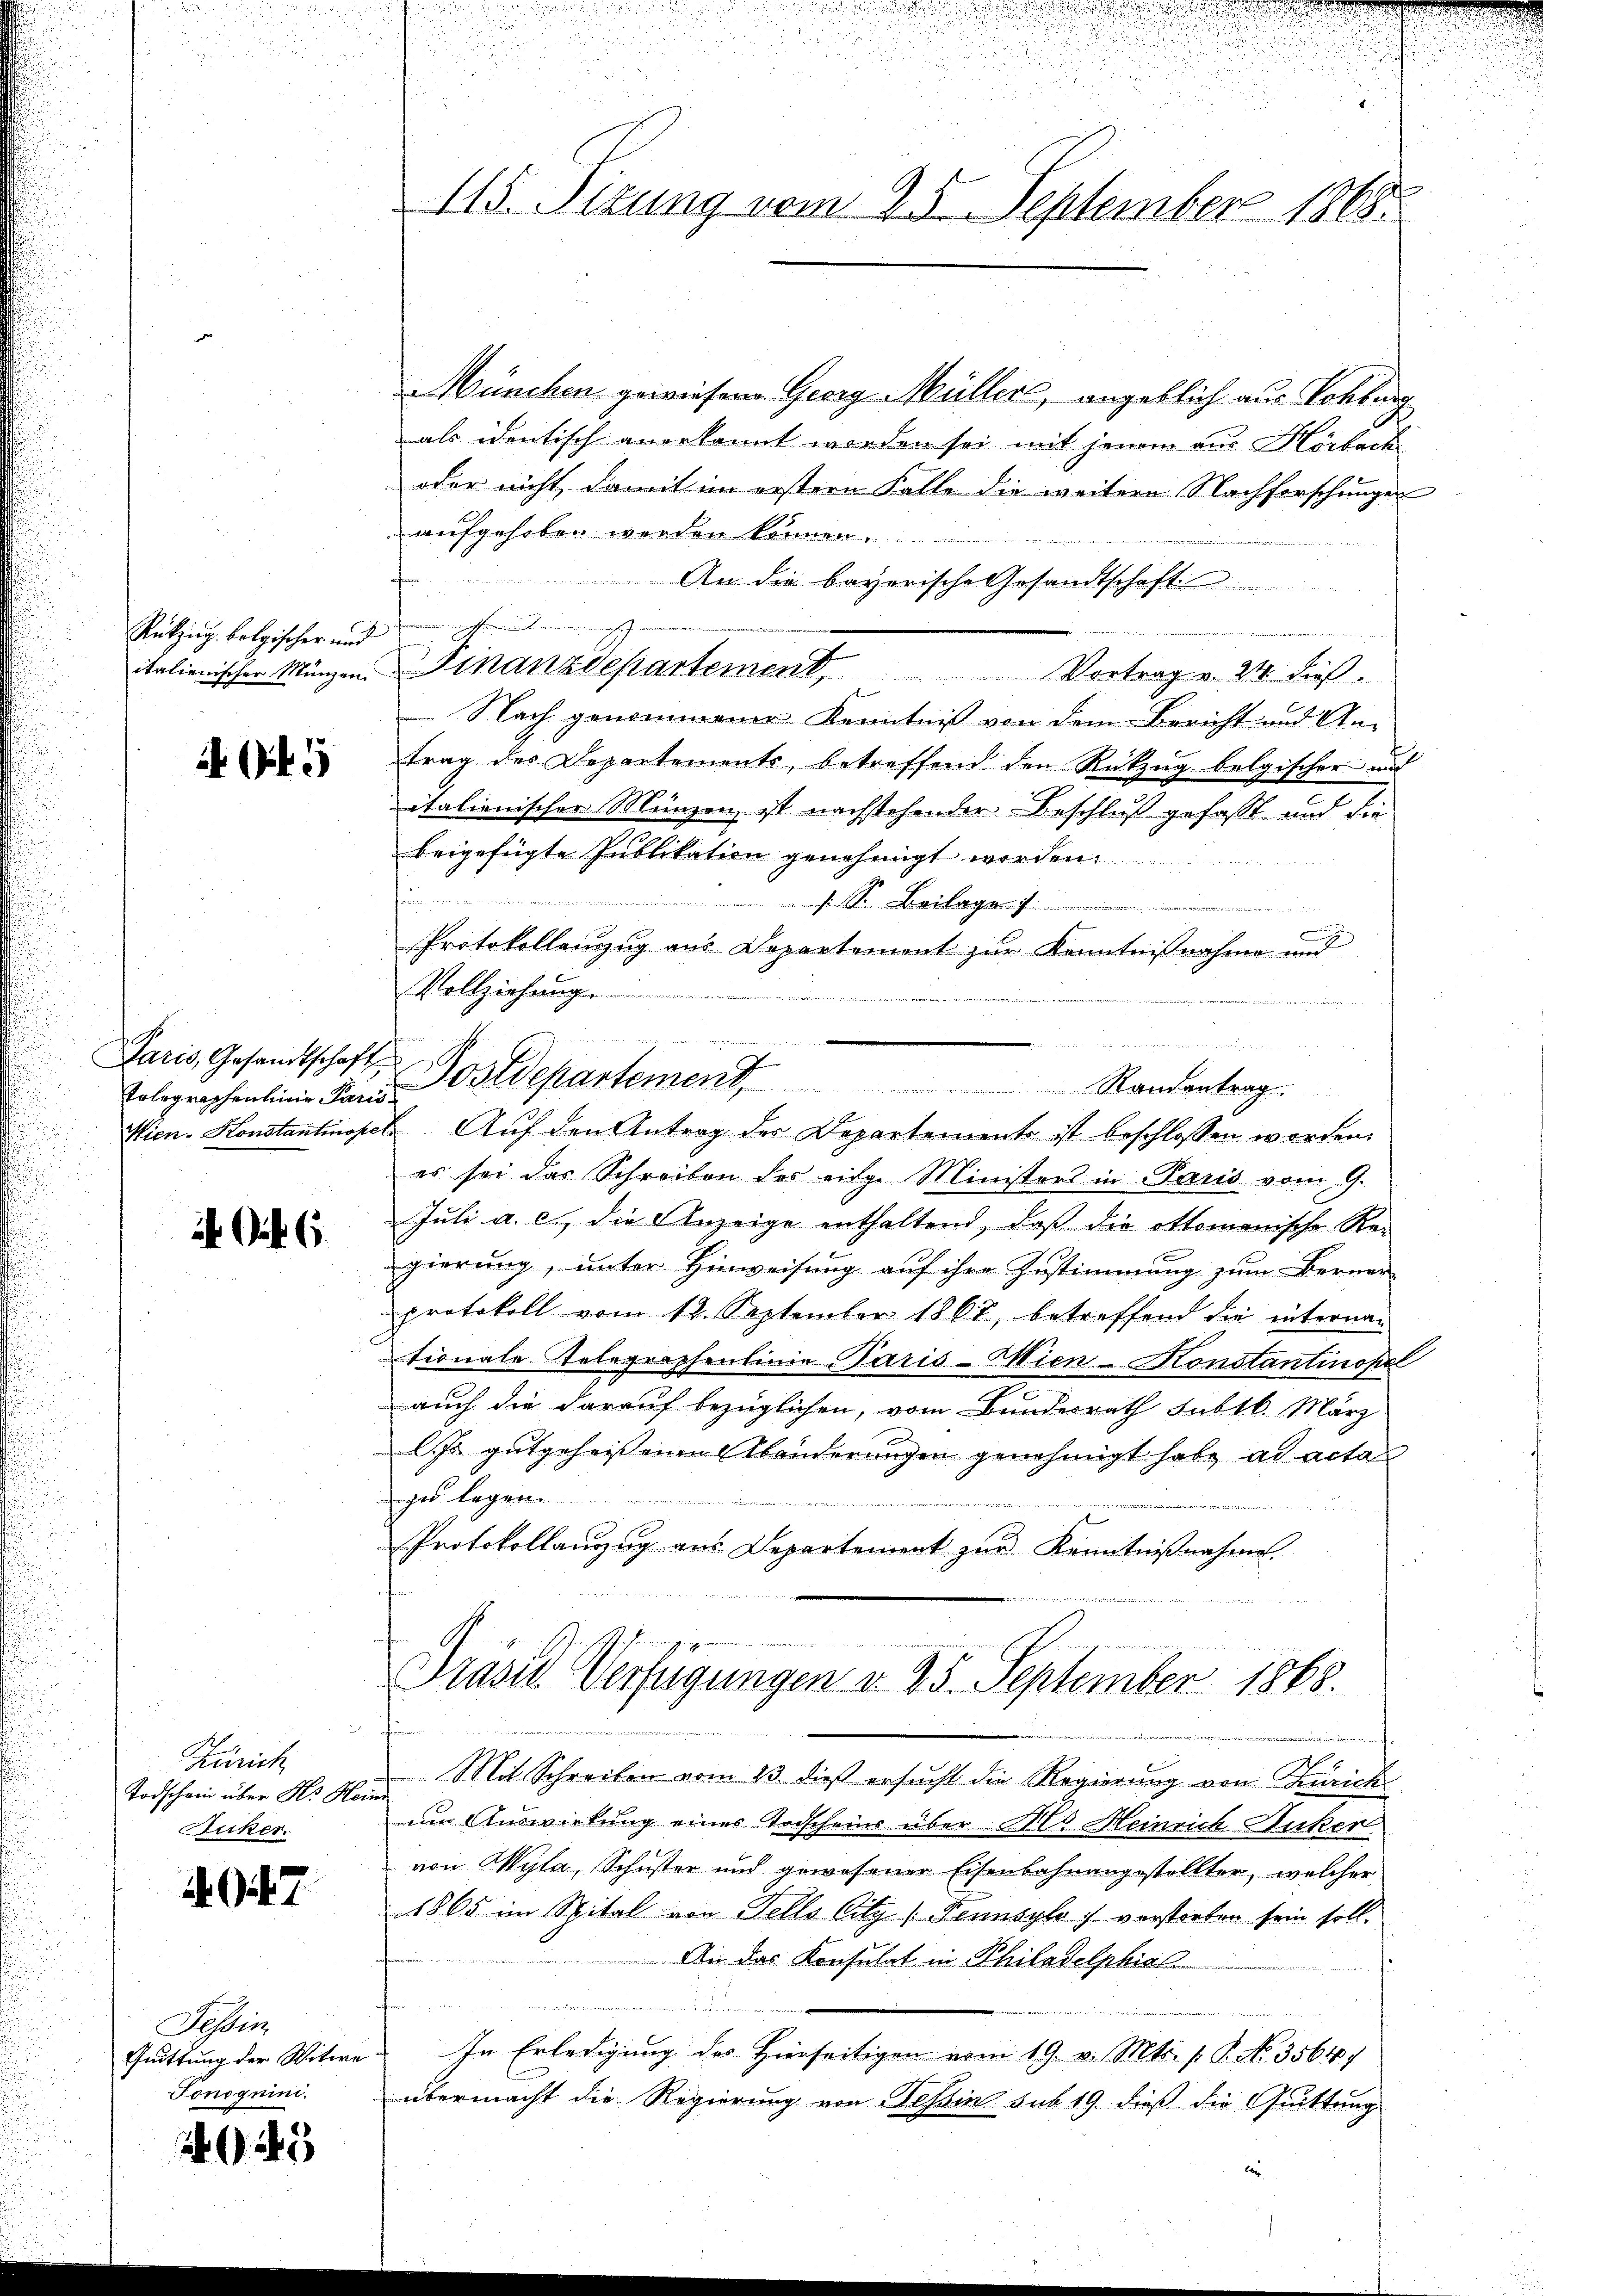
Rükzug belgischer und
italienischer Münzen.

AG

Paris, Gesandtschaft
tolographenlinie Paris
Wien. Konstantinoper

it. Art. 65.

Zürich
Todschein über Hr. Hein
Bicker.

7.

Tessin
Quittung der Witwe
Fonoguini.

25

d

115. Sizung vom 25. September 1865.

Wünchen gewiesene Georg Müller, angeblich aus Lohburg
als identisch angekannt worden sei mit jenem aus Horbach
oder nicht, damit im erstern Falle die weitere Nachforschungen
aufgehoben werden können.
An die bayerische Gesandtschaft .............
 gaffenen in
e
Finanzdepartement. Vortrag v. 24. dieβ.
Nach genommener Kenntniß von dem Bericht und An-
trag des Departements, betreffend den Rückzug belgischer and
italienischer Münzen ist nachstehender Beschluß gefaßt und die
beigefügte Publikation genehmigt werden
s. S. Beilage
.
Protokollenzug aus Departement zur Kenntnißnahme und
Vollziehung.

J
E Auf den Antrag des Departements ist beschlossen worden.
es sei das Schreiben des eidg. Ministers in Paris vom 9.
Juli a. c. die Anzeige enthaltend, daß die Ottomanische Rei
gierung, unter Hinweisung auf ihre Zustimmung zum Berner-
protokoll vom 12. September 1867, betreffend die internationale Telegraphenlinie Paris Wien-Konstantinopel
auch die darauf bezüglichen, vom Bundesrath subtb. März
lJs gutgeheissenen Abänderungen genehmigt habe ad acta
ge legen.
Protokollanzug aus Departement zur Kenntnißnahme.

Präsid. Verfügungen d. 25. September 1868.
d
h
Mit Schreiben vom 23. dieß ersucht die Regierung von Zürichum Auswirkung eines Todscheins über Als Heinrich Zucker
von Wyla, Schuster und gewesener Eisenbahnangestellter, welcher
1865 im Spital von Fello Citz (Tennsylo) verstorben sein soll.
An das Konsulat in Philadelphial
e
In Erledigung des Hierseitigen vom 19. v. Mts. f. P. No. 3564.
übermacht die Regierung von Tessin sub 19. dieß die Quittung
betr.

Postdepartement, Randantrag.

s